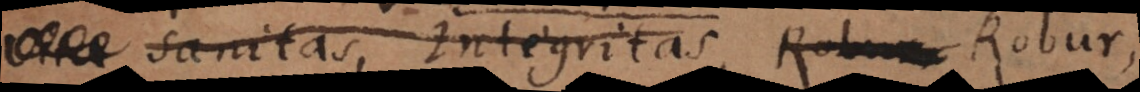
sanitas, integritas, pudicitia, Robur,